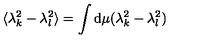
\langle \lambda _ { k } ^ { 2 } - \lambda _ { l } ^ { 2 } \rangle = \int \mathrm { d } \mu ( \lambda _ { k } ^ { 2 } - \lambda _ { l } ^ { 2 } )